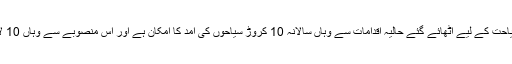
سعودی حکومت کی جانب سیاحت کے لیے اٹھائے گئے حالیہ اقدامات سے وہاں سالانہ 10 کروڑ سیاحوں کی آمد کا امکان ہے اور اس منصوبے سے وہاں 10 لاکھ نئی نوکریاں پیدا ہوں گی۔